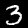
Digit: 3